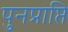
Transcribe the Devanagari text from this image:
पुनप्राप्ति